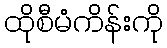
ထိုစီမံကိန်းကို